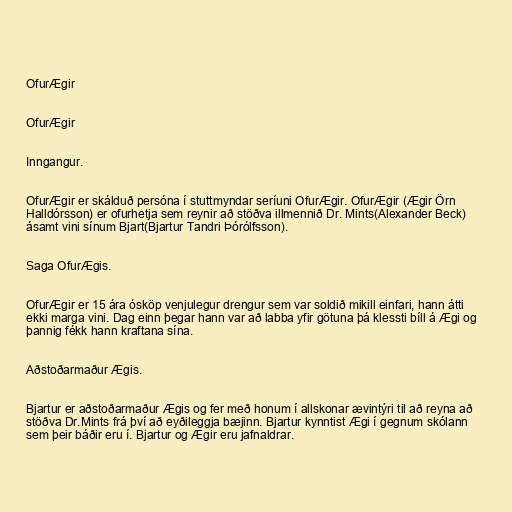
OfurÆgir

OfurÆgir

Inngangur.

OfurÆgir er skálduð persóna í stuttmyndar seríuni OfurÆgir. OfurÆgir (Ægir Örn
Halldórsson) er ofurhetja sem reynir að stöðva illmennið Dr. Mints(Alexander Beck)
ásamt vini sínum Bjart(Bjartur Tandri Þórólfsson).

Saga OfurÆgis.

OfurÆgir er 15 ára ósköp venjulegur drengur sem var soldið mikill einfari, hann átti
ekki marga vini. Dag einn þegar hann var að labba yfir götuna þá klessti bíll á Ægi og
þannig fékk hann kraftana sína.

Aðstoðarmaður Ægis.

Bjartur er aðstoðarmaður Ægis og fer með honum í allskonar ævintýri til að reyna að
stöðva Dr.Mints frá því að eyðileggja bæjinn. Bjartur kynntist Ægi í gegnum skólann
sem þeir báðir eru í. Bjartur og Ægir eru jafnaldrar.